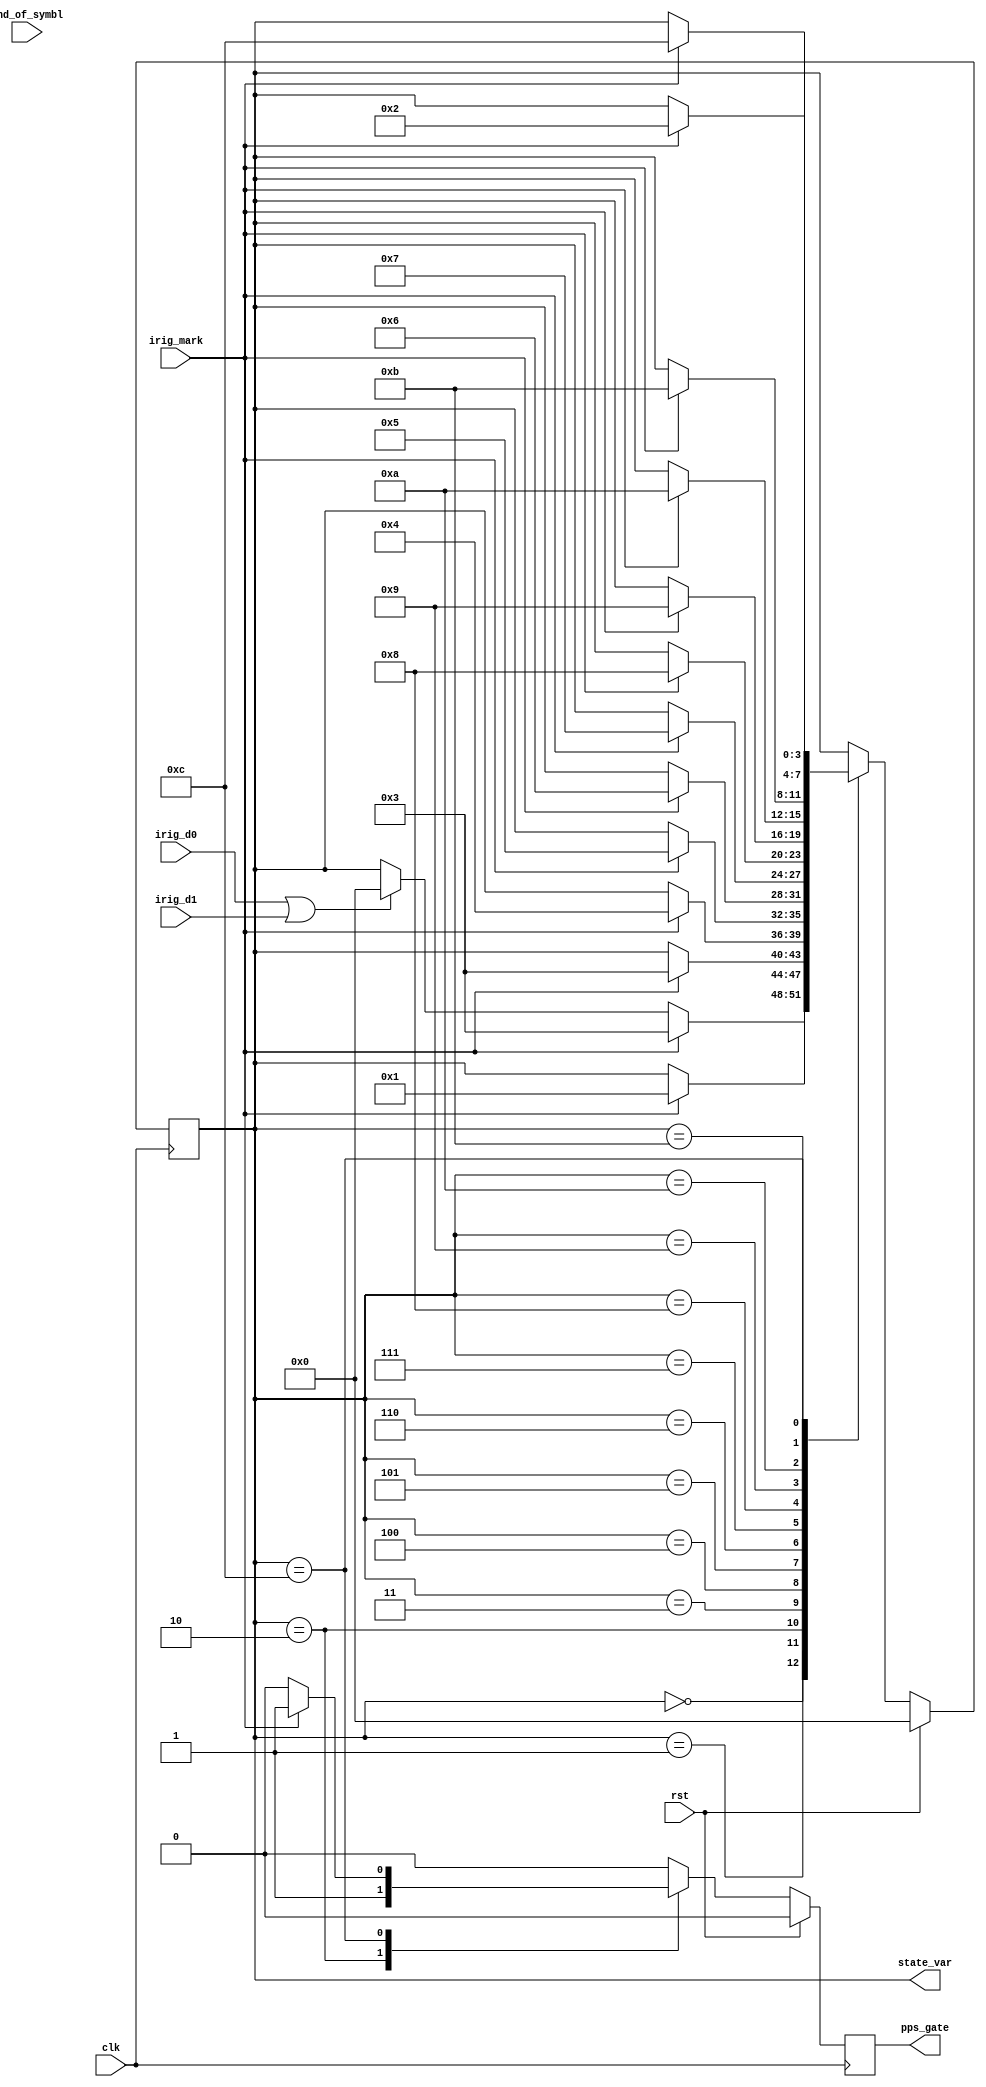
module irig_state (
                   input            clk,
                   input            rst,
                   input            end_of_symbl,
                   input            irig_d0,
                   input            irig_d1,
                   input            irig_mark,
                   output [3:0]     state_var,      
                   output reg       pps_gate
                   );

    // State machine states
    localparam ST_UNLOCKED = 4'd0,
      ST_PRELOCK  = 4'b1,
      ST_START    = 4'd2,
      ST_SECOND   = 4'd3,
      ST_MINUTE   = 4'd4,
      ST_HOUR     = 4'd5,
      ST_DAY      = 4'd6,
      ST_DAY2     = 4'd7,
      ST_YEAR     = 4'd8,
      ST_UNUSED1  = 4'd9,
      ST_UNUSED2  = 4'd10,
      ST_SEC_DAY  = 4'd11,
      ST_SEC_DAY2 = 4'd12;

    

    // Count of the IRIG bits within a state
    reg [3:0]                       irig_cnt;

    // PPS generation internal signal
    // Output is registered version
    reg                             pps_en;
    
    // Current and next state machine state
    reg [3:0]                       state, next_state;

    // Registers
    always @(posedge clk) begin
        if (rst) begin
            state <= ST_UNLOCKED;
            pps_gate <= 1'b0;
            irig_cnt <= 4'b0;
        end
        else begin
            state <= next_state;
            pps_gate <= pps_en;

            // Count the IRIG bits received between every MARK
            if (irig_mark)
              irig_cnt <= 4'b0;
            else 
              irig_cnt <= irig_cnt + (irig_d0 | irig_d1);
        end
    end

    // IRIG decoding state machine
    // FIX ME add checks that cause loss of lock
    always @(*) begin
        next_state = state;
        pps_en = 1'b0;
        
        case (state)
          ST_UNLOCKED: begin
              if (irig_mark)
                next_state = ST_PRELOCK;
          end
          ST_PRELOCK: begin
              if (irig_mark)
                next_state = ST_SECOND;
              else if (irig_d0 || irig_d1)
                next_state = ST_UNLOCKED;          
          end
          ST_START: begin              
              pps_en = 1'b1;
              if (irig_mark) begin
                  next_state = ST_SECOND;
              end
          end
          ST_SECOND: begin
                          

              if (irig_mark)
                next_state = ST_MINUTE;
          end
          ST_MINUTE: begin
             
              if (irig_mark)
                next_state = ST_HOUR;
          end       
          ST_HOUR: begin
             
              if (irig_mark)
                next_state = ST_DAY;
          end
          ST_DAY: begin
             

              if (irig_mark)
                next_state = ST_DAY2;
          end
          ST_DAY2: begin
              
              if (irig_mark)
                next_state = ST_YEAR;
          end
          ST_YEAR: begin
             
              if (irig_mark)
                next_state = ST_UNUSED1;
          end
          ST_UNUSED1: begin
              if (irig_mark)
                next_state = ST_UNUSED2;
          end
          ST_UNUSED2: begin
              if (irig_mark)
                next_state = ST_SEC_DAY;
          end
          ST_SEC_DAY: begin
             
              if (irig_mark)
                next_state = ST_SEC_DAY2;
          end
          ST_SEC_DAY2: begin
              
              if (irig_mark) begin
                  next_state = ST_START;
                  pps_en = 1'b1;
                  
              end
          end
        endcase
    end
    assign state_var = state;
endmodule